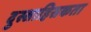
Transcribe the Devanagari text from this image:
दुस्साहिसकता